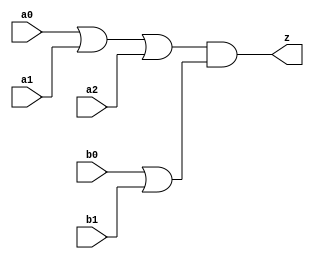
//#############################################################################
//# Function: Or-And (oa32) Gate                                              #
//# Copyright: OH Project Authors. ALl rights Reserved.                       #
//# License:  MIT (see LICENSE file in OH repository)                         #
//#############################################################################

module asic_oa32 #(parameter PROP = "DEFAULT")   (
    input  a0,
    input  a1,
    input  a2,
    input  b0,
    input  b1,
    output z
    );

   assign z = (a0 | a1 | a2) & (b0 | b1);

endmodule